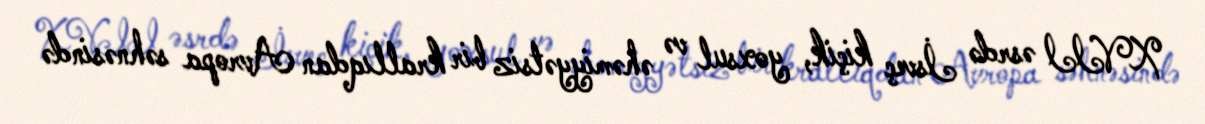
XVII əsrdə İsveç kiçik, yoxsul və əhəmiyyətsiz bir krallıqdan Avropa səhnəsində